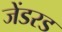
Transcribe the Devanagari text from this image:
जेंडरड